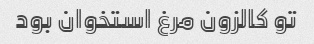
تو کالزون مرغ استخوان بود